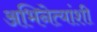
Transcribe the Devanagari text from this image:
अभिनेत्यांशी